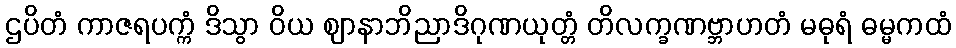
ဌပိတံ ကာဇရပက္ကံ ဒိသွာ ဝိယ ဈာနာဘိညာဒိဂုဏယုတ္တံ တိလက္ခဏဗ္ဘာဟတံ မဓုရံ ဓမ္မကထံ